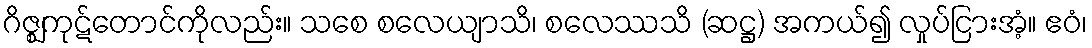
ဂိဇ္ဈကုဋ်တောင်ကိုလည်း။ သစေ စလေယျာသိ၊ စလေဿသိ (ဆဋ္ဌ) အကယ်၍ လှုပ်ငြားအံ့။ ဧဝံ၊